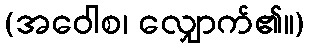
(အဝေါစ၊ လျှောက်၏။)